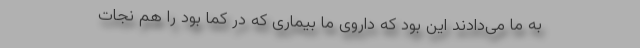
به ما می‌دادند این بود که داروی ما بیماری که در کما بود را هم نجات